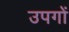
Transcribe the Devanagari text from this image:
उपगों